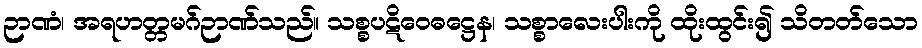
ဉာဏံ၊ အရဟတ္တမဂ်ဉာဏ်သည်။ သစ္စပဋိဝေဓဋ္ဌေန၊ သစ္စာလေးပါးကို ထိုးထွင်း၍ သိတတ်သော